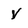
Character: V